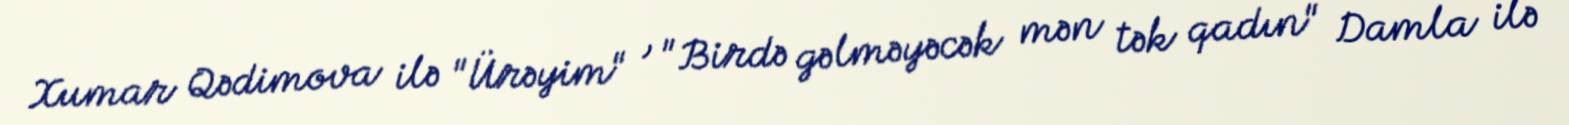
Xumar Qədimova ilə "Ürəyim" , "Birdə gəlməyəcək mən tək qadın" Damla ilə